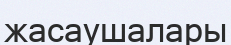
жасаушалары